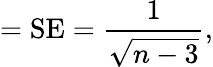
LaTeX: ={\mathrm{SE}}={\frac{1}{\sqrt{n-3}}},